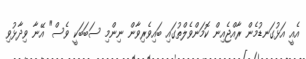
އެއީ އަޅުގަނޑުމެން ރާއްޖެއިން ކޮމަންވެލްތުގައި ބައިވެރިވާން ނިންމި ސަބަބަކީ ވެސް" އޭނާ ވިދާޅުވި